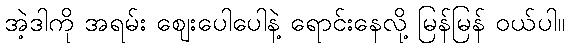
အဲ့ဒါကို အရမ်း ဈေးပေါပေါနဲ့ ရောင်းနေလို့ မြန်မြန် ဝယ်ပါ။